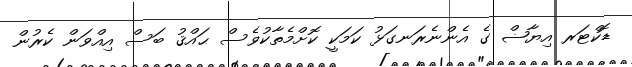
ޑޮކްޓަރ އިޔާޟް ގެ އެންނެރަނގަޅު ކަމަކީ ކޮށްމެތާކުވެސް ޙައްޤު ބަސް އިއްވަން ކެރުން